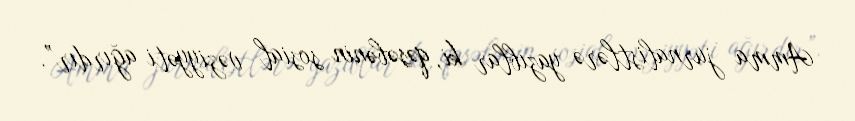
Amma jurnalistlərə yazıblar ki, qəsəbənin sosial vəziyyəti ağırdır”.